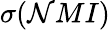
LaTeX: \sigma(\mathcal{N}MI)